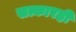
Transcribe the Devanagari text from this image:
सत्कारही